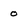
Character: o